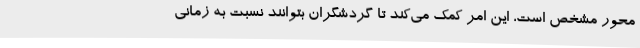
محور مشخص است، این امر کمک می‌کند تا گردشگران بتوانند نسبت به زمانی